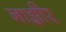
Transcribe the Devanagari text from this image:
नाझीर